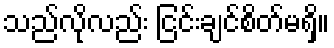
သည်လိုလည်း ငြင်းချင်စိတ်မရှိ။